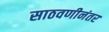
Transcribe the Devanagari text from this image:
साठवणीनंतर